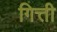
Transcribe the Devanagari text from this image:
गित्ती